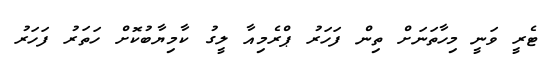
ޓެރީ ވަނީ މިހާތަނަށް ތިން ފަހަރު ޕްރެމިއާ ލީގު ކާމިޔާބުކޮށް ހަތަރު ފަހަރު